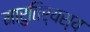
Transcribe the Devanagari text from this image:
मारुतिर्यस्य